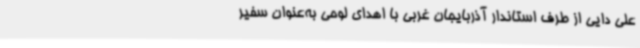
علی دایی از طرف استاندار آذربایجان غربی با اهدای لوحی به‌عنوان سفیر